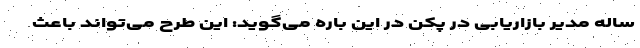
ساله مدیر بازاریابی در پکن در این باره می‌گوید: این طرح می‌تواند باعث